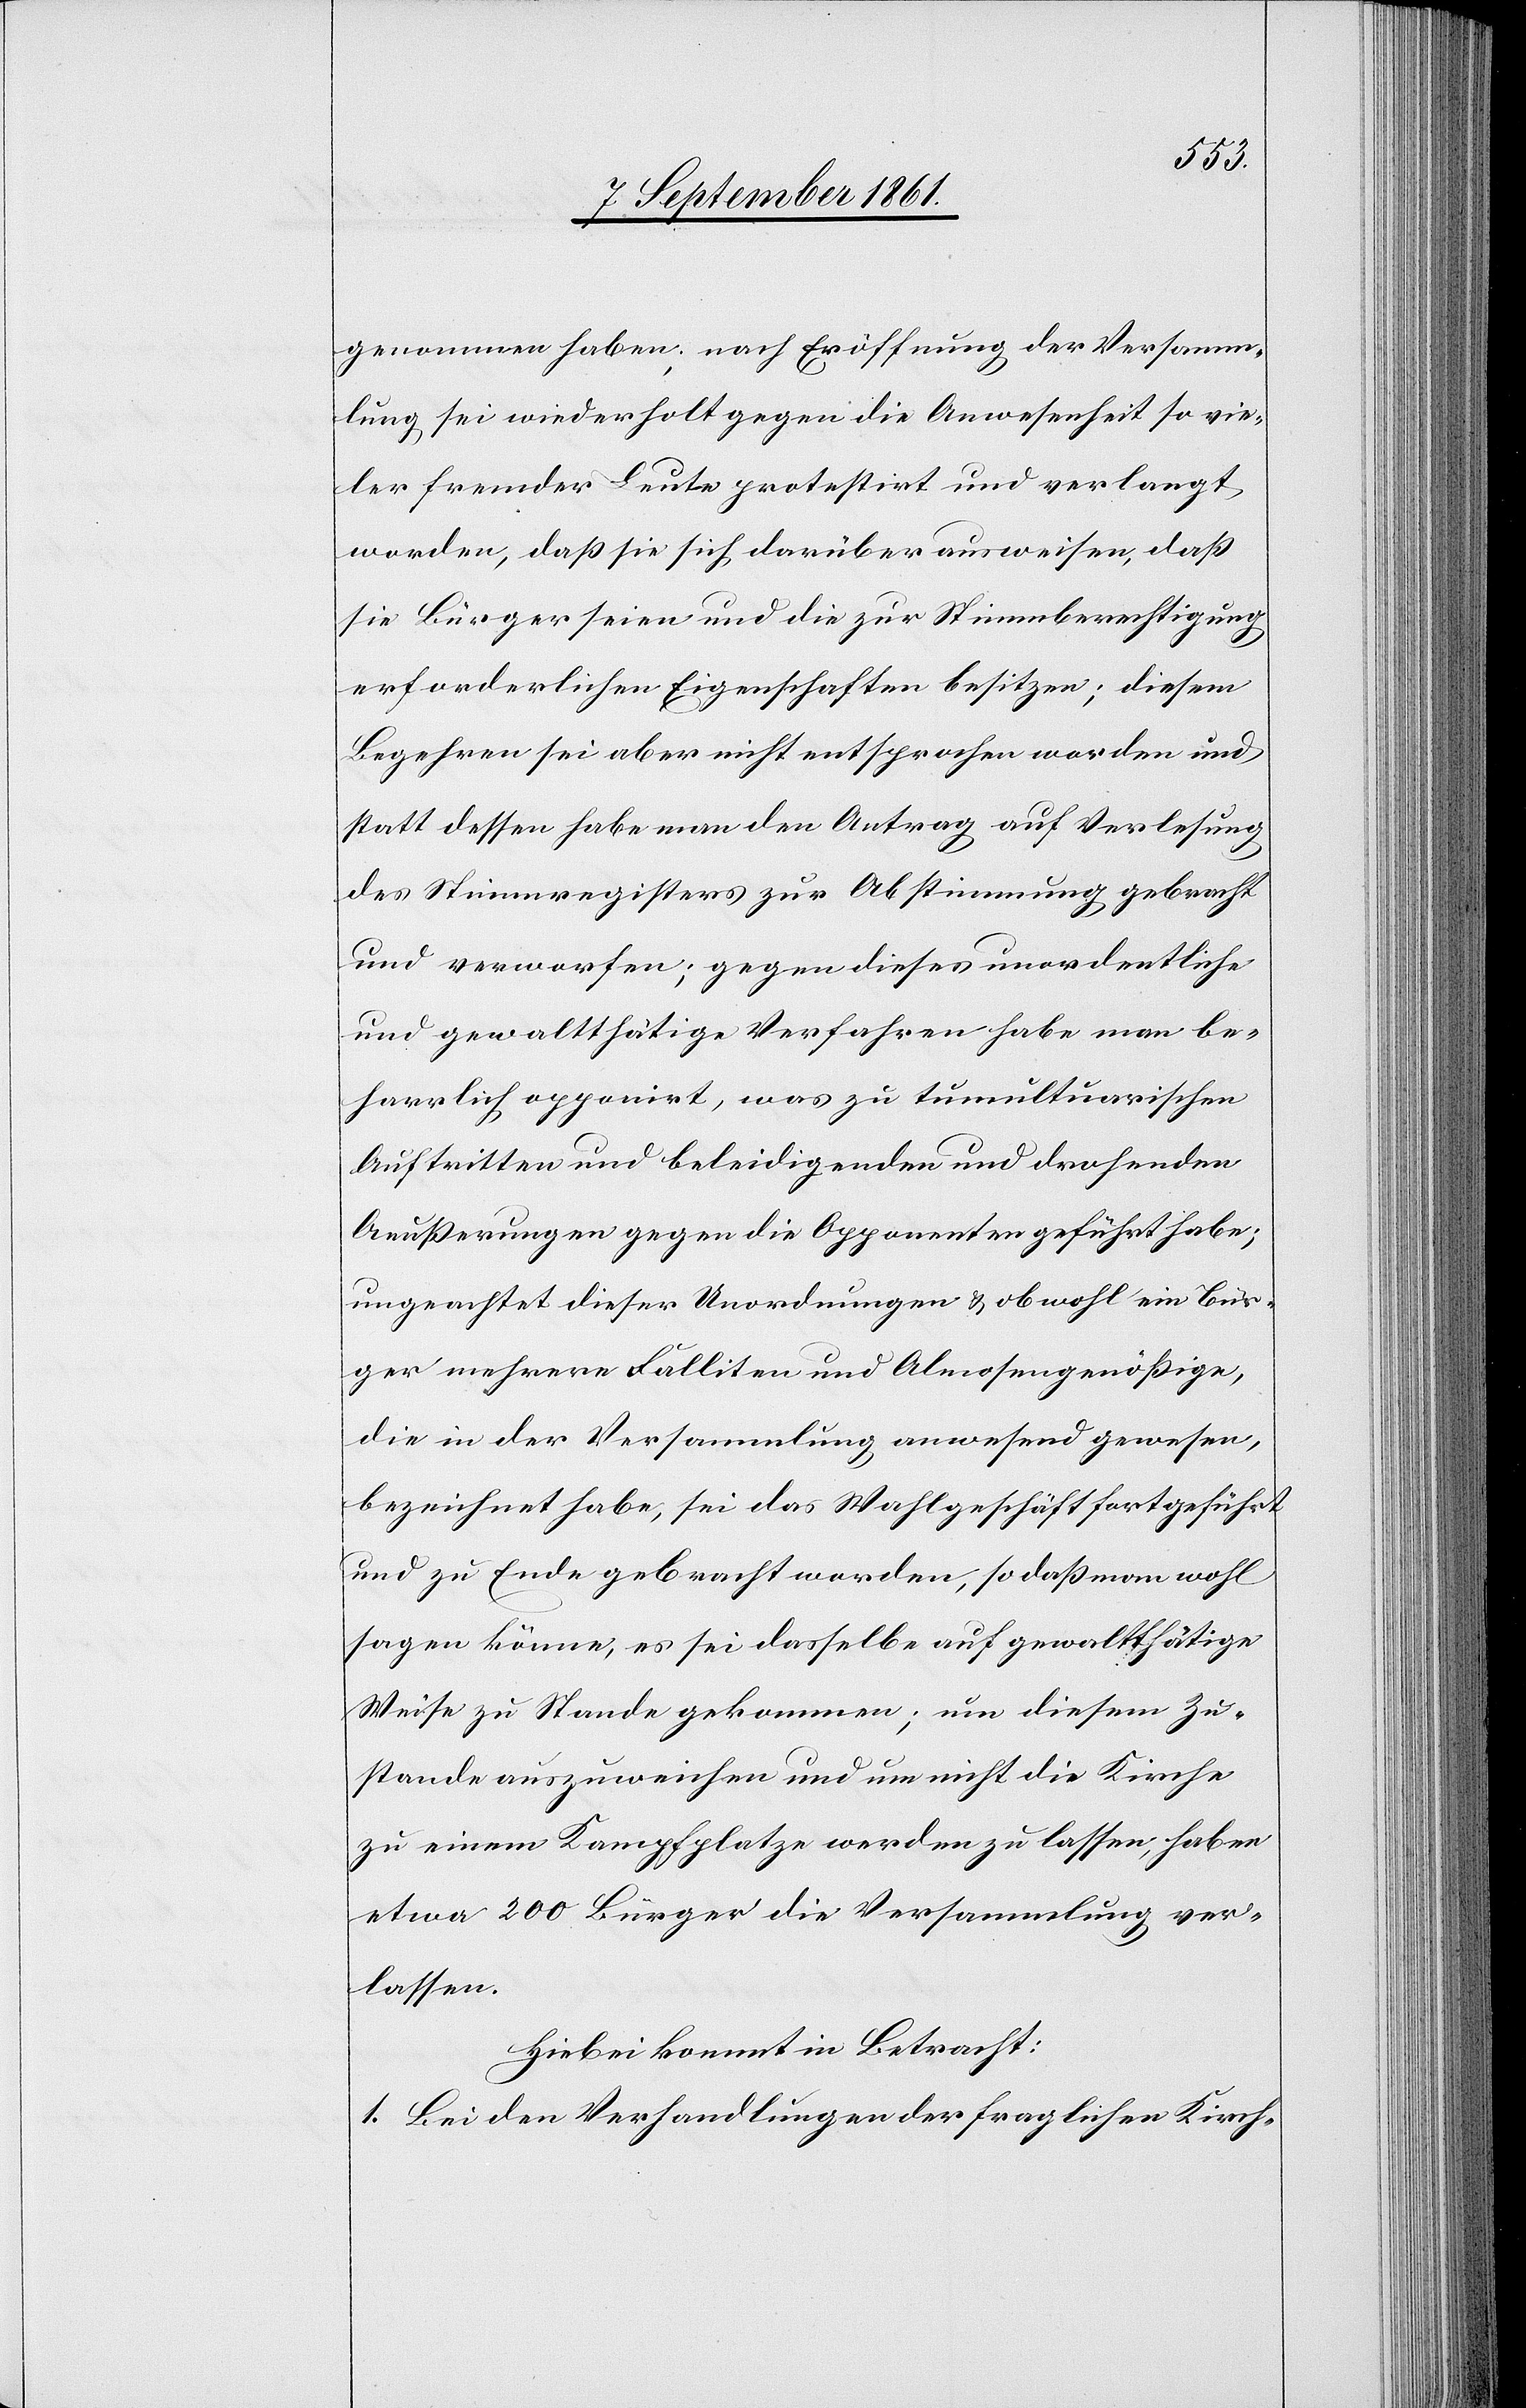
genommen haben; nach Eröffnung der Versamm¬
lung sei wiederholt gegen die Anwesenheit so vie¬
ler fremder Leute protestirt und verlangt
worden, daß sie sich darüber ausweisen, daß
sie Bürger seien und die zur Stimmberechtigung
erforderlichen Eigenschaften besitzen; diesem
Begehren sei aber nicht entsprochen worden und
statt dessen habe man den Auftrag auf Verlesung
des Stimmregisters zur Abstimmung gebracht
und verworfen; gegen dieses unordentliche
und gewaltthätige Verfahren habe man be¬
harrlich opponirt, was zu tumultuarischen
Auftritten und beleidigenden und drohenden
Aeußerungen gegen die Opponenten geführt habe;
ungeachtet dieser Verordnungen u. obwohl ein Bür¬
ger mehrere Falliten und Almosengenößige,
die in der Versammlung anwesend gewesen,
bezeichnet habe, sei das Wahlgeschäft fortgeführt
und zu Ende gebracht worden, so daß man wohl
sagen könne, es sei dasselbe auf gewaltthätige
Weise zu Stande gekommen; um diesem Zu¬
stande auszuweichen und um nicht die Kirche
zu einem Kampfplatze werden zu lassen; haben
etwa 200 Bürger die Versammlung ver¬
lassen.
Hiebei kommt in Betracht:
1. Bei den Verhandlungen der fraglichen Kirch-